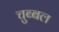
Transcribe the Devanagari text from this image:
चुब्बल